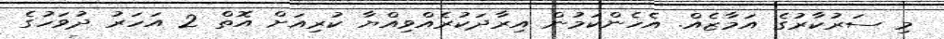
މި ސަރުކާރުގެ އަމާޒެއް. އެހެންކަމުން އިރާދަކުރެއްވިއްޔާ ކުރިއަށް އޮތް 2 އަހަރު ދުވަހުގެ